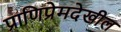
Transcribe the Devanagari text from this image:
प्राणिप्रेमदेखील